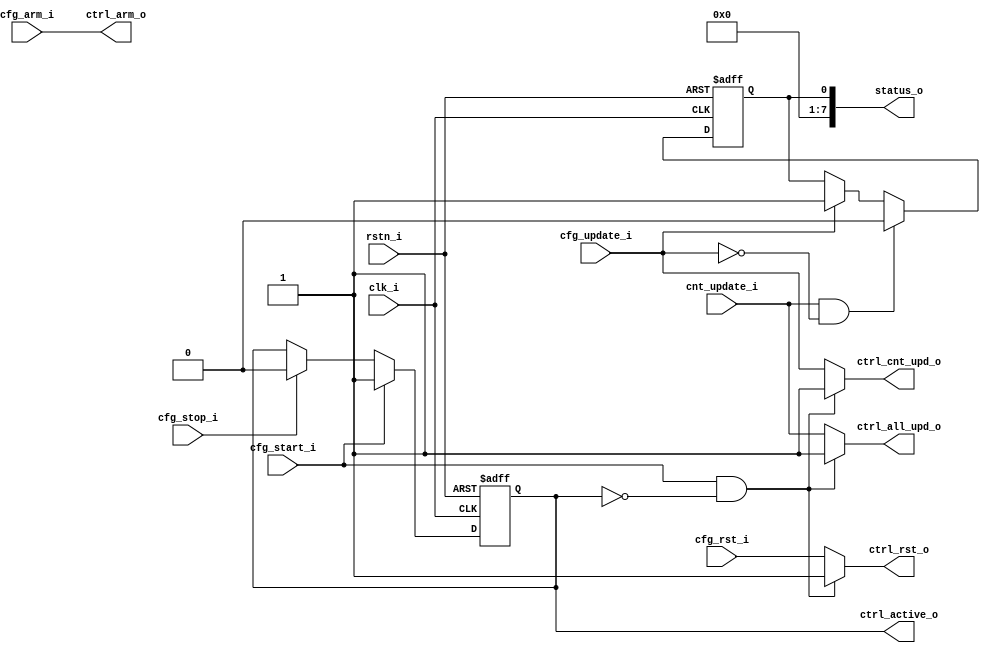
// Copyright 2018 ETH Zurich and University of Bologna.
// -- Adaptable modifications made for hbirdv2 SoC. -- 
// Copyright 2020 Nuclei System Technology, Inc.
// Copyright and related rights are licensed under the Solderpad Hardware
// License, Version 0.51 (the "License"); you may not use this file except in
// compliance with the License.  You may obtain a copy of the License at
// http://solderpad.org/licenses/SHL-0.51. Unless required by applicable law
// or agreed to in writing, software, hardware and materials distributed under
// this License is distributed on an "AS IS" BASIS, WITHOUT WARRANTIES OR
// CONDITIONS OF ANY KIND, either express or implied. See the License for the
// specific language governing permissions and limitations under the License.

module timer_cntrl (
    input  wire       clk_i,
    input  wire       rstn_i,

    input  wire       cfg_start_i,
    input  wire       cfg_stop_i,
    input  wire       cfg_rst_i,
    input  wire       cfg_update_i,
    input  wire       cfg_arm_i,

    output reg        ctrl_cnt_upd_o,
    output reg        ctrl_all_upd_o,
    output wire       ctrl_active_o,
    output reg        ctrl_rst_o,
    output wire       ctrl_arm_o,

    input  wire       cnt_update_i,

    output wire [7:0] status_o
);

    reg r_active;
    reg r_pending;
    
    assign ctrl_arm_o    = cfg_arm_i;
    assign status_o      = {6'h00, r_pending};
    assign ctrl_active_o = r_active;
    
    always @(*) begin : proc_sm
        if (cfg_start_i && !r_active) begin
            ctrl_rst_o     = 1'b1;
            ctrl_cnt_upd_o = 1'b1;
            ctrl_all_upd_o = 1'b1;
	end else begin
            ctrl_rst_o     = cfg_rst_i;
            ctrl_cnt_upd_o = cfg_update_i;
            ctrl_all_upd_o = cnt_update_i;
        end
    end


    always @(posedge clk_i or negedge rstn_i) begin : proc_r_active
        if (~rstn_i) begin
            r_active  <= 0;
            r_pending <= 0;
        end else begin
            if (cfg_start_i)
                r_active <= 1;
            else if (cfg_stop_i)
                r_active <= 0;

            if (cnt_update_i && !cfg_update_i)
                r_pending <= 0;
            else if (cfg_update_i)
                r_pending <= 1;
        end
    end
    
endmodule